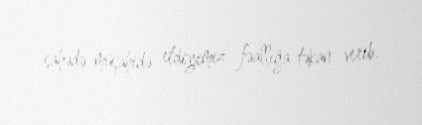
sahədə müşahidə etdiyimiz fəallığa təkan verib.